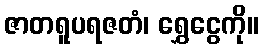
ဇာတရူပရဇတံ၊ ရွှေငွေကို။